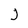
Character: J